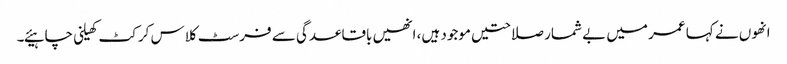
انھوں نے کہا عمر میں بے شمار صلاحتیں موجود ہیں، انھیں باقاعدگی سے فرسٹ کلاس کرکٹ کھیلنی چاہیئے۔